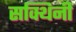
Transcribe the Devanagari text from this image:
सक्थिनी